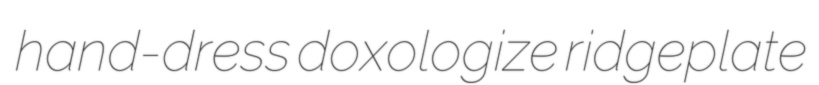
hand-dress doxologize ridgeplate